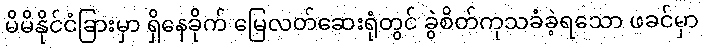
မိမိနိုင်ငံခြားမှာ ရှိနေခိုက် မြေလတ်ဆေးရုံတွင် ခွဲစိတ်ကုသခံခဲ့ရသော ဖခင်မှာ